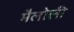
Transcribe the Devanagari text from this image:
मैलोली